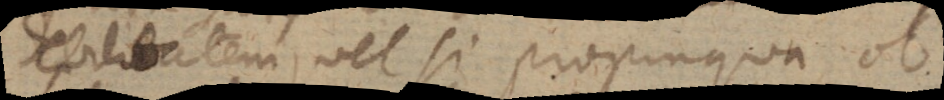
debilitatem, vel si propinqua, ob